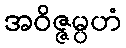
အဝိဇ္ဇမ္ပဟံ